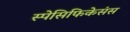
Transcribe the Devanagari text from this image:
स्पेसिफिकेसंस